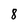
Character: 8